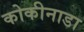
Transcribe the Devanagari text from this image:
कोकीनाडा